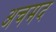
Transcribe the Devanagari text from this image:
अचमद